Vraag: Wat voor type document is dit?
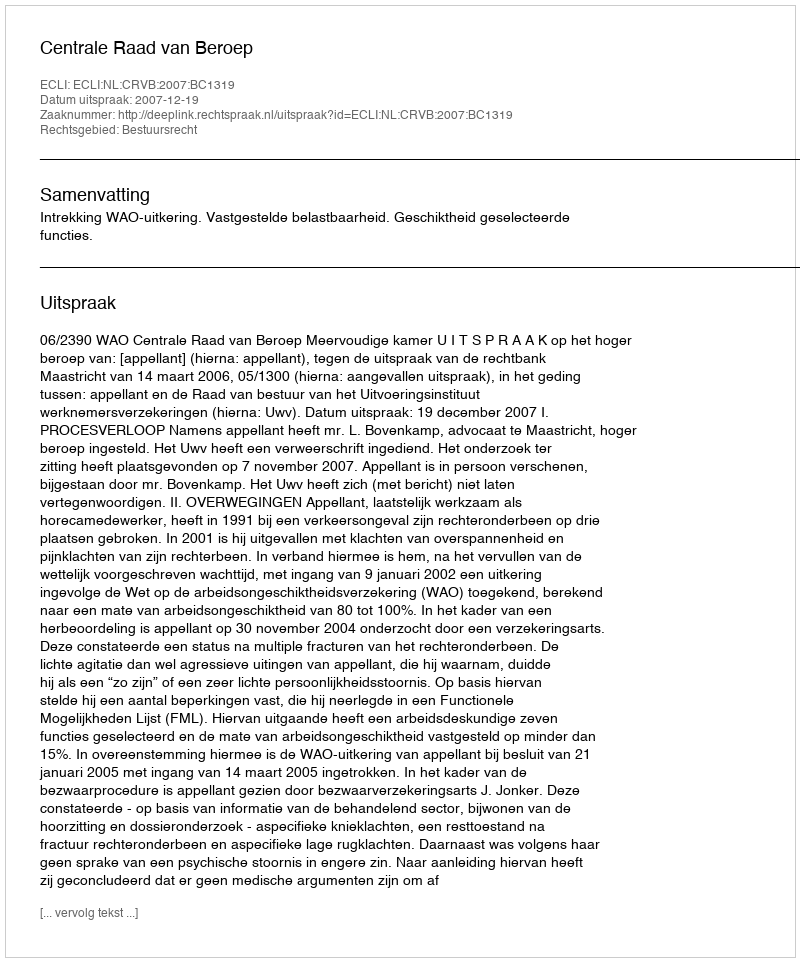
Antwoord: Uitspraak